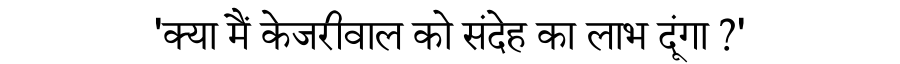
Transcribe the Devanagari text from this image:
'क्या मैं केजरीवाल को संदेह का लाभ दूंगा ?'